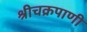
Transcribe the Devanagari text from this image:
श्रीचक्रपाणी